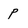
Character: p